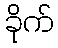
ခိုက်